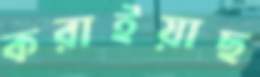
করাইয়াছ